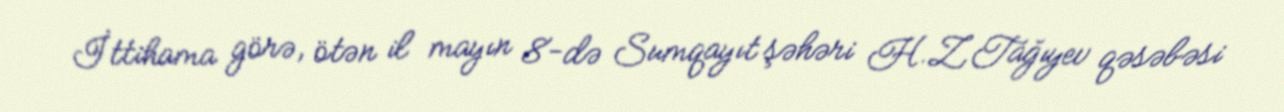
İttihama görə, ötən il mayın 8-də Sumqayıt şəhəri H.Z.Tağıyev qəsəbəsi